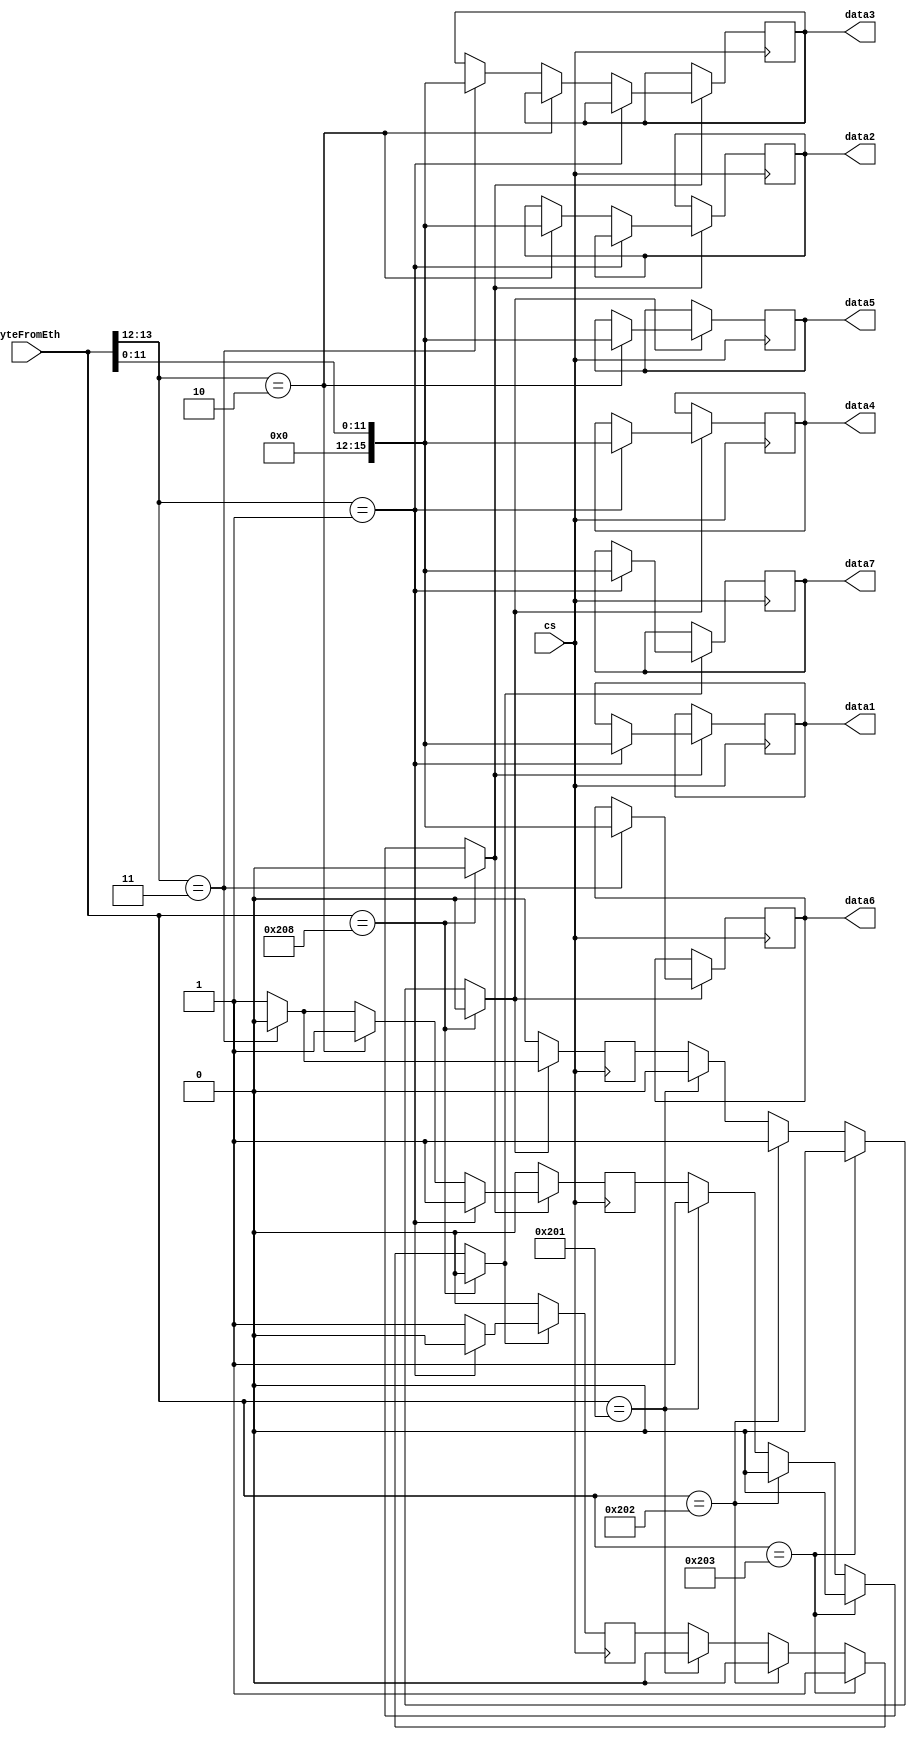
module detect_CAN (cs, byteFromEth, data1, data2, data3, data4, data5, data6, data7);

input 				cs;
input [15:0] 		byteFromEth;

output reg [15:0] data1 = 0, data2 = 0, data3 = 100, data4 = 0, data5 = 0, data6 = 0, data7 = 175;

reg [0:0] 	flag1 = 0, flag2 = 0, flag3 = 0, flag4 = 0;
reg [3:0]	cnt;

parameter reg [15:0] id1 = 513;
parameter reg [15:0] id2 = 514;
parameter reg [15:0] id3 = 515;
parameter reg [15:0] id4 = 520;

always @ (posedge cs) 
begin
	if (byteFromEth == /*id1*/513)
		begin
			flag1 = 1; flag2 = 0; flag3 = 0; flag4 = 0;
			//cnt <= 0;
		end
		
	if (byteFromEth == /*id2*/514)
		begin
			flag1 = 0; flag2 = 1; flag3 = 0; flag4 = 0;
			//cnt <= 0;
		end	
		
		
	if (byteFromEth == /*id3*/515)
		begin
			flag1 = 0; flag2 = 0; flag3 = 1; flag4 = 0;
			//cnt <= 0;
		end		
	if (byteFromEth == id4)
		begin
			flag1 = 0; flag2 = 0; flag3 = 0; flag4 = 1;
			//cnt <= 0;
		end		
		
		
		
	if (flag1==1) 
		begin
			if (byteFromEth[13:12] == 1)
				begin
					data1 <= byteFromEth[11:0];
					//cnt <= cnt + 1;
					//flag1 = 0;
				end
				else 
					begin
						if (byteFromEth[13:12] == 2)
							begin
								data2 <= byteFromEth[11:0];
								//cnt <= cnt + 1;
							end
							else if (byteFromEth[13:12] == 3)
								begin
									data3 <= byteFromEth[11:0];
									//cnt <= cnt + 1;
									flag1 = 0;
								end
					end
		end
/*		cnt <= cnt + 1;
		if (cnt >= 3)
			flag1 = 0;*/



if (flag2==1) 
		begin
			if (byteFromEth[13:12] == 1)
			begin
				data4 <= byteFromEth[11:0]; 
			end
			if (byteFromEth[13:12] == 2)
			begin
				data5 <= byteFromEth[11:0]; 
			end
			if (byteFromEth[13:12] == 3)
			begin
				data6 <= byteFromEth[11:0]; flag2 = 0;
			end
end


if (flag3==1) 
		begin
			if (byteFromEth[13:12] == 1)
			begin
				data7 <= byteFromEth[11:0]; flag3 = 0;
			end
			/*if (byteFromEth[13:12] == 2)
			begin
				data7 = byteFromEth[11:0]; flag3 = 0;
			end
			if (byteFromEth[13:12] == 3)
			begin
				data7 = byteFromEth[11:0]; flag3 = 0;
			end*/
			
		end
/*
if (flag4==1) 
		begin
			if (byteFromEth[13:12] == 1)
			begin
				data4 = byteFromEth[11:0]; flag4 = 0;
			end
		end
*/			
end
endmodule